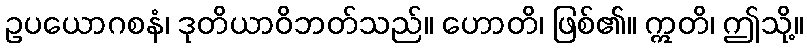
ဥပယောဂစနံ၊ ဒုတိယာဝိဘတ်သည်။ ဟောတိ၊ ဖြစ်၏။ ဣတိ၊ ဤသို့။